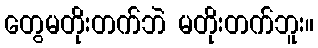
တွေမတိုးတက်ဘဲ မတိုးတက်ဘူး။